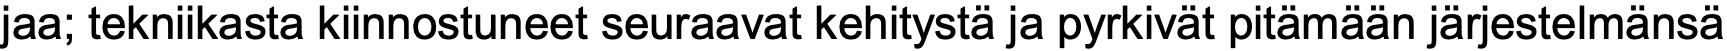
jaa; tekniikasta kiinnostuneet seuraavat kehitystä ja pyrkivät pitämään järjestelmänsä